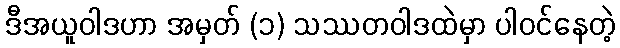
ဒီအယူဝါဒဟာ အမှတ် (၁) သဿတဝါဒထဲမှာ ပါဝင်နေတဲ့